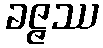
ခဇ္ဇဿ